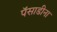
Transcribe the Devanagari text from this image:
पॅसाडीना